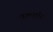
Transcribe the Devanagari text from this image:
बकशॉट